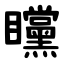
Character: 矘